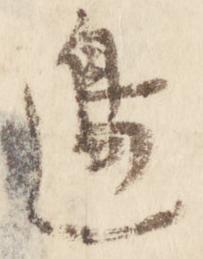
辺